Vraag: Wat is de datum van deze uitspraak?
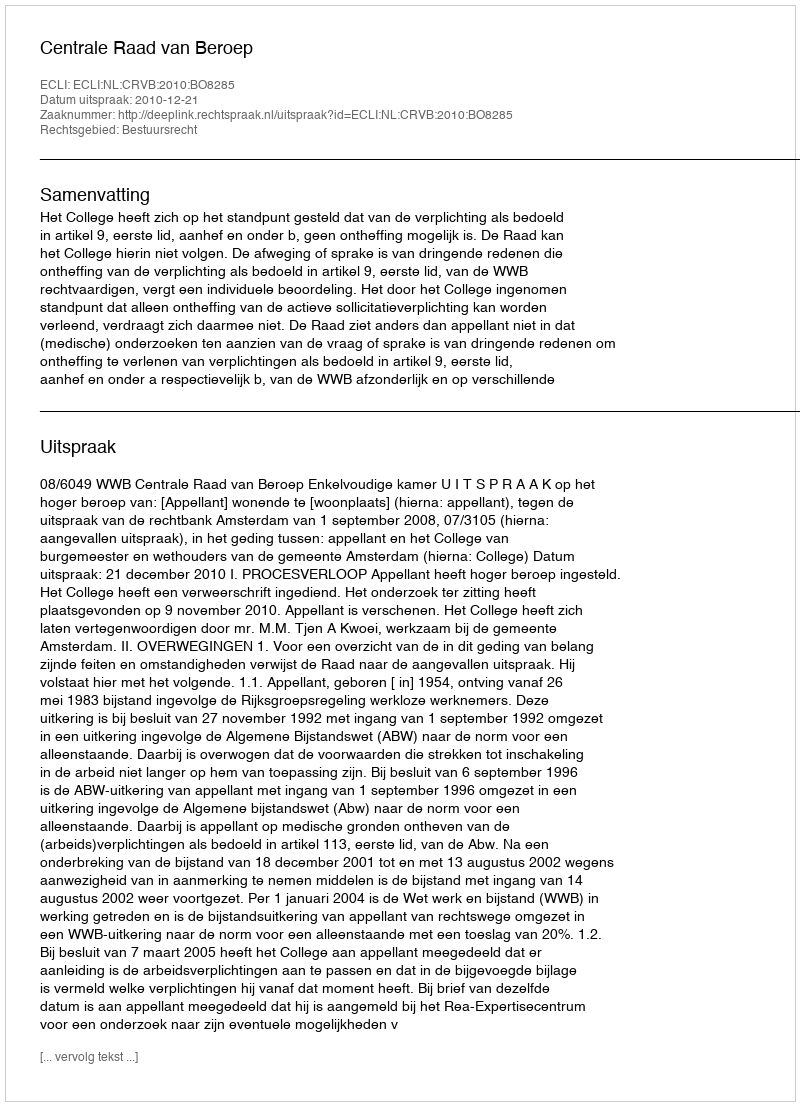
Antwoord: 2010-12-21